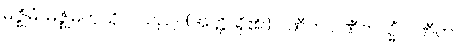
မဇ္ဈိမံ၊ မဇ္ဈိမကုသိုလ်သည်။ (အတ္ထိ၊ ရှိ၏။) ပဏီတ ပဏီတသ္မိံ၊ ပဏီတ